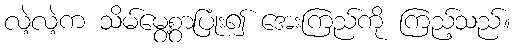
လဲ့လဲ့က သိမ်မွေ့စွာပြုံး၍ အေးကြည်ကို ကြည့်သည်။